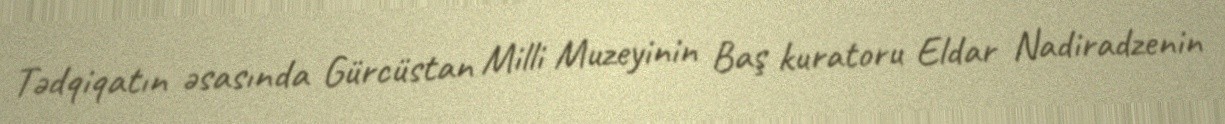
Tədqiqatın əsasında Gürcüstan Milli Muzeyinin Baş kuratoru Eldar Nadiradzenin